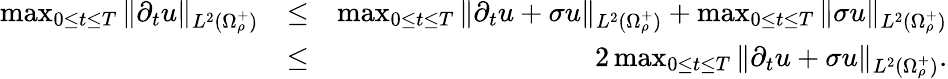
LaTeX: \begin{array}{rlr}{\operatorname*{max}_{0\leq t\leq T}\| \partial_{t}u\| _{L^{2}(\Omega_{\rho}^{+})}}&{\leq}&{\operatorname*{max}_{0\leq t\leq T}\| \partial_{t}u+\sigma u\| _{L^{2}(\Omega_{\rho}^{+})}+\operatorname*{max}_{0\leq t\leq T}\| \sigma u\| _{L^{2}(\Omega_{\rho}^{+})}}\\ &{\leq}&{2\operatorname*{max}_{0\leq t\leq T}\| \partial_{t}u+\sigma u\| _{L^{2}(\Omega_{\rho}^{+})}.}\end{array}